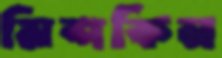
মিশকিন